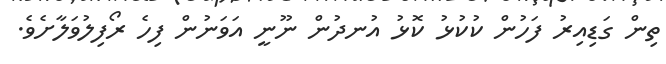
ތިން ގަޑިއިރު ފަހުން ކުކުޅު ކޮޅު އުނދުން ނޫނީ އަވަނުން ފިހެ ރޯފިލުވަލާށެވެ.